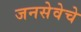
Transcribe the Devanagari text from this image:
जनसेवेचे